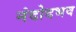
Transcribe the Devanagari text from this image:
नंदोदभव